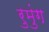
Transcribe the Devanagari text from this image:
रुमुंग